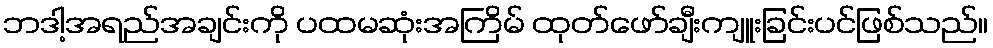
ဘဒါ့အရည်အချင်းကို ပထမဆုံးအကြိမ် ထုတ်ဖော်ချီးကျူးခြင်းပင်ဖြစ်သည်။